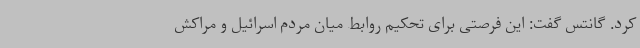
کرد. گانتس گفت: این فرصتی برای تحکیم روابط میان مردم اسرائیل و مراکش